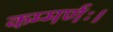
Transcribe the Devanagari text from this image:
कम्मर्णः।